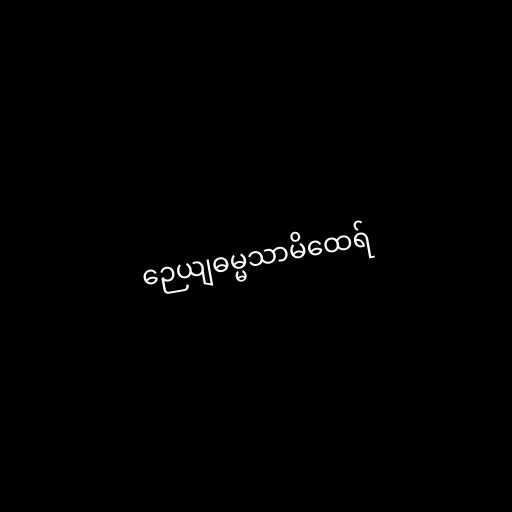
ဉေယျဓမ္မသာမိထေရ်